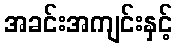
အခင်းအကျင်းနှင့်